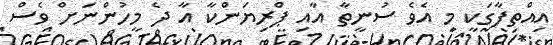
އިއްތިފާގަކީ މި އެވެ ސުނީތާ އާއި ޕްރިޔަންކާ އާ ދެ މީހުންނަށް ވެސް